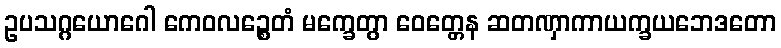
ဥပသဂ္ဂယောဂေါ ကေဝလဉ္စေတံ မက္ခေတွာ ဝေတ္တေန ဆတဏှာကာယက္ခယဘေဒတော